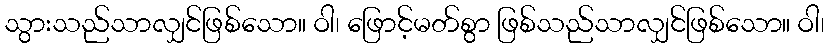
သွားသည်သာလျှင်ဖြစ်သော။ ဝါ၊ ဖြောင့်မတ်စွာ ဖြစ်သည်သာလျှင်ဖြစ်သော။ ဝါ၊